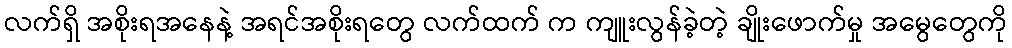
လက်ရှိ အစိုးရအနေနဲ့ အရင်အစိုးရတွေ လက်ထက် က ကျူးလွန်ခဲ့တဲ့ ချိုးဖောက်မှု အမွေတွေကို